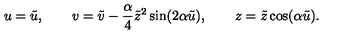
u = \tilde { u } , \qquad v = \tilde { v } - \frac { \alpha } { 4 } \tilde { z } ^ { 2 } \sin ( 2 \alpha \tilde { u } ) , \qquad z = \tilde { z } \cos ( \alpha \tilde { u } ) .